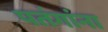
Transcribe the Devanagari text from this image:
पतंगांना